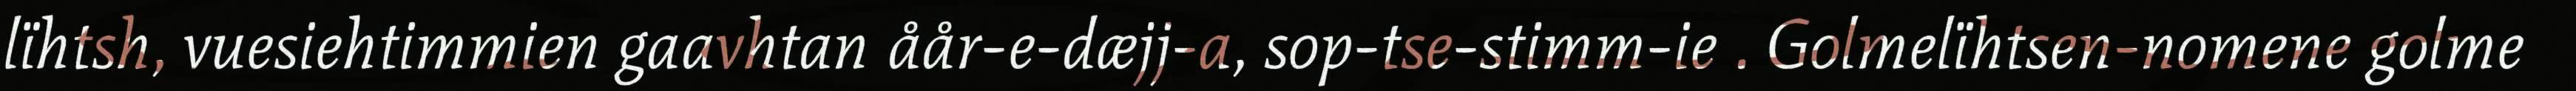
lïhtsh, vuesiehtimmien gaavhtan åår-e-dæjj-a, sop-tse-stimm-ie . Golmelïhtsen-nomene golme